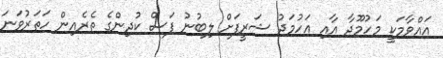
އައްވާމަކީ މަހުމޫދާ އާއި އަހުމަދު ޝަރީފަށް ލިބުނު ފަސް ކުދިންގެ ތެރެއިން ހަތަރުވަނަ